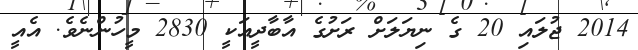
2014 ޖުލައި 20 ގެ ނިޔަލަށް ރަށުގެ އާބާދީއަކީ 2830 މީހުންނެވެ. އެއީ